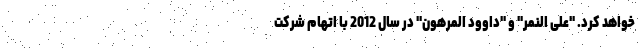
خواهد کرد. "علی النمر" و "داوود المرهون" در سال 2012 با اتهام شرکت